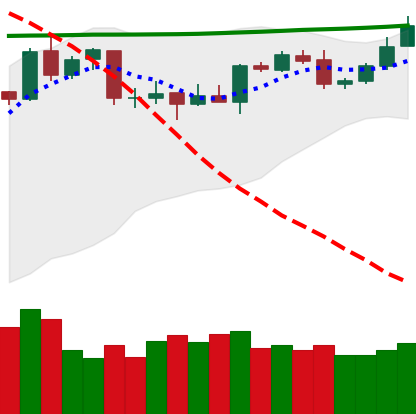
Ticker: XMR-USD
Chart end date: 2020-04-24
Forward return: 9.147%
Label: up_7plus